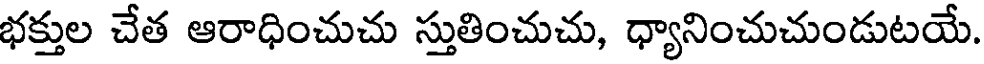
భక్తుల చేత ఆరాధించుచు స్తుతించుచు, ధ్యానించుచుండుటయే.